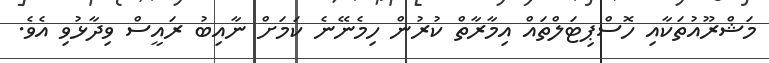
މަޝްރޫއުތަކާއި ހޮސްޕިޓަލްތައް އިމާރާތް ކުރުން ހިމެނޭނެ ކަމަށް ނާއިބު ރައީސް ވިދާޅުވި އެވެ.